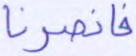
فانصرنا